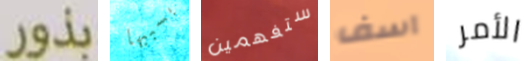
بذور بسببها ستفهمين آسف الأمر